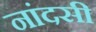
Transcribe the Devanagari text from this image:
नांदसी